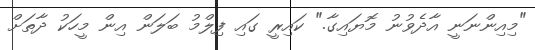
"މިއިންނަނީ އާދެވުނު މޮޔައިގާ." ކައިރީ ގައި ފިލްމު ބަލަން އިން މީހަކު ދާތަށް